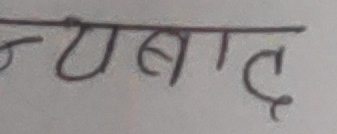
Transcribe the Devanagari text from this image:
न्याबाद